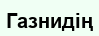
Газнидің